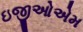
ઇજીઓએમ